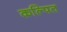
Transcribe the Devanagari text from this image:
कल्‍पित